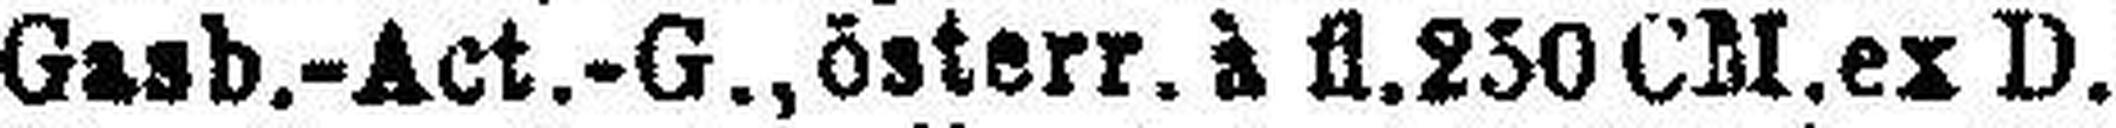
Gasb.-Act.-G., österr. à fl. 250CM.ex D.